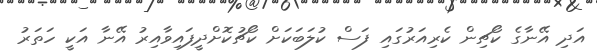
އަދި އޭނާގެ ކޯޗިން ކެރިއަރުގައި ފަސް ކުލަބަކަށް ކޯޗުކޮށްދީފައިވާއިރު އޭނާ އަކީ ހަތަރު